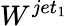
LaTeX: W^{jet_{1}}